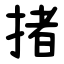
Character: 㨋